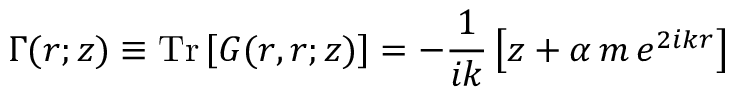
\Gamma ( r ; z ) \equiv \mathrm { T r } \left[ G ( r , r ; z ) \right] = - \frac { 1 } { i k } \left[ z + \alpha \, m \, e ^ { 2 i k r } \right]